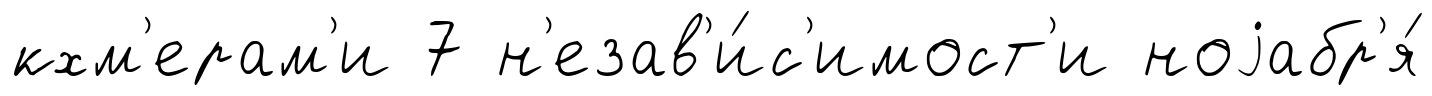
кхм'ерам'и 7 н'езав'и́с'имост'и ноjабр'я́